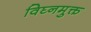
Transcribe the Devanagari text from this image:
विघ्नमुक्त